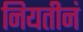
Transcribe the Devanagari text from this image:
नियतीनं